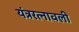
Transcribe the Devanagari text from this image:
यंत्ररत्नावली